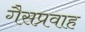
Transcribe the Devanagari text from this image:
गैसप्रवाह